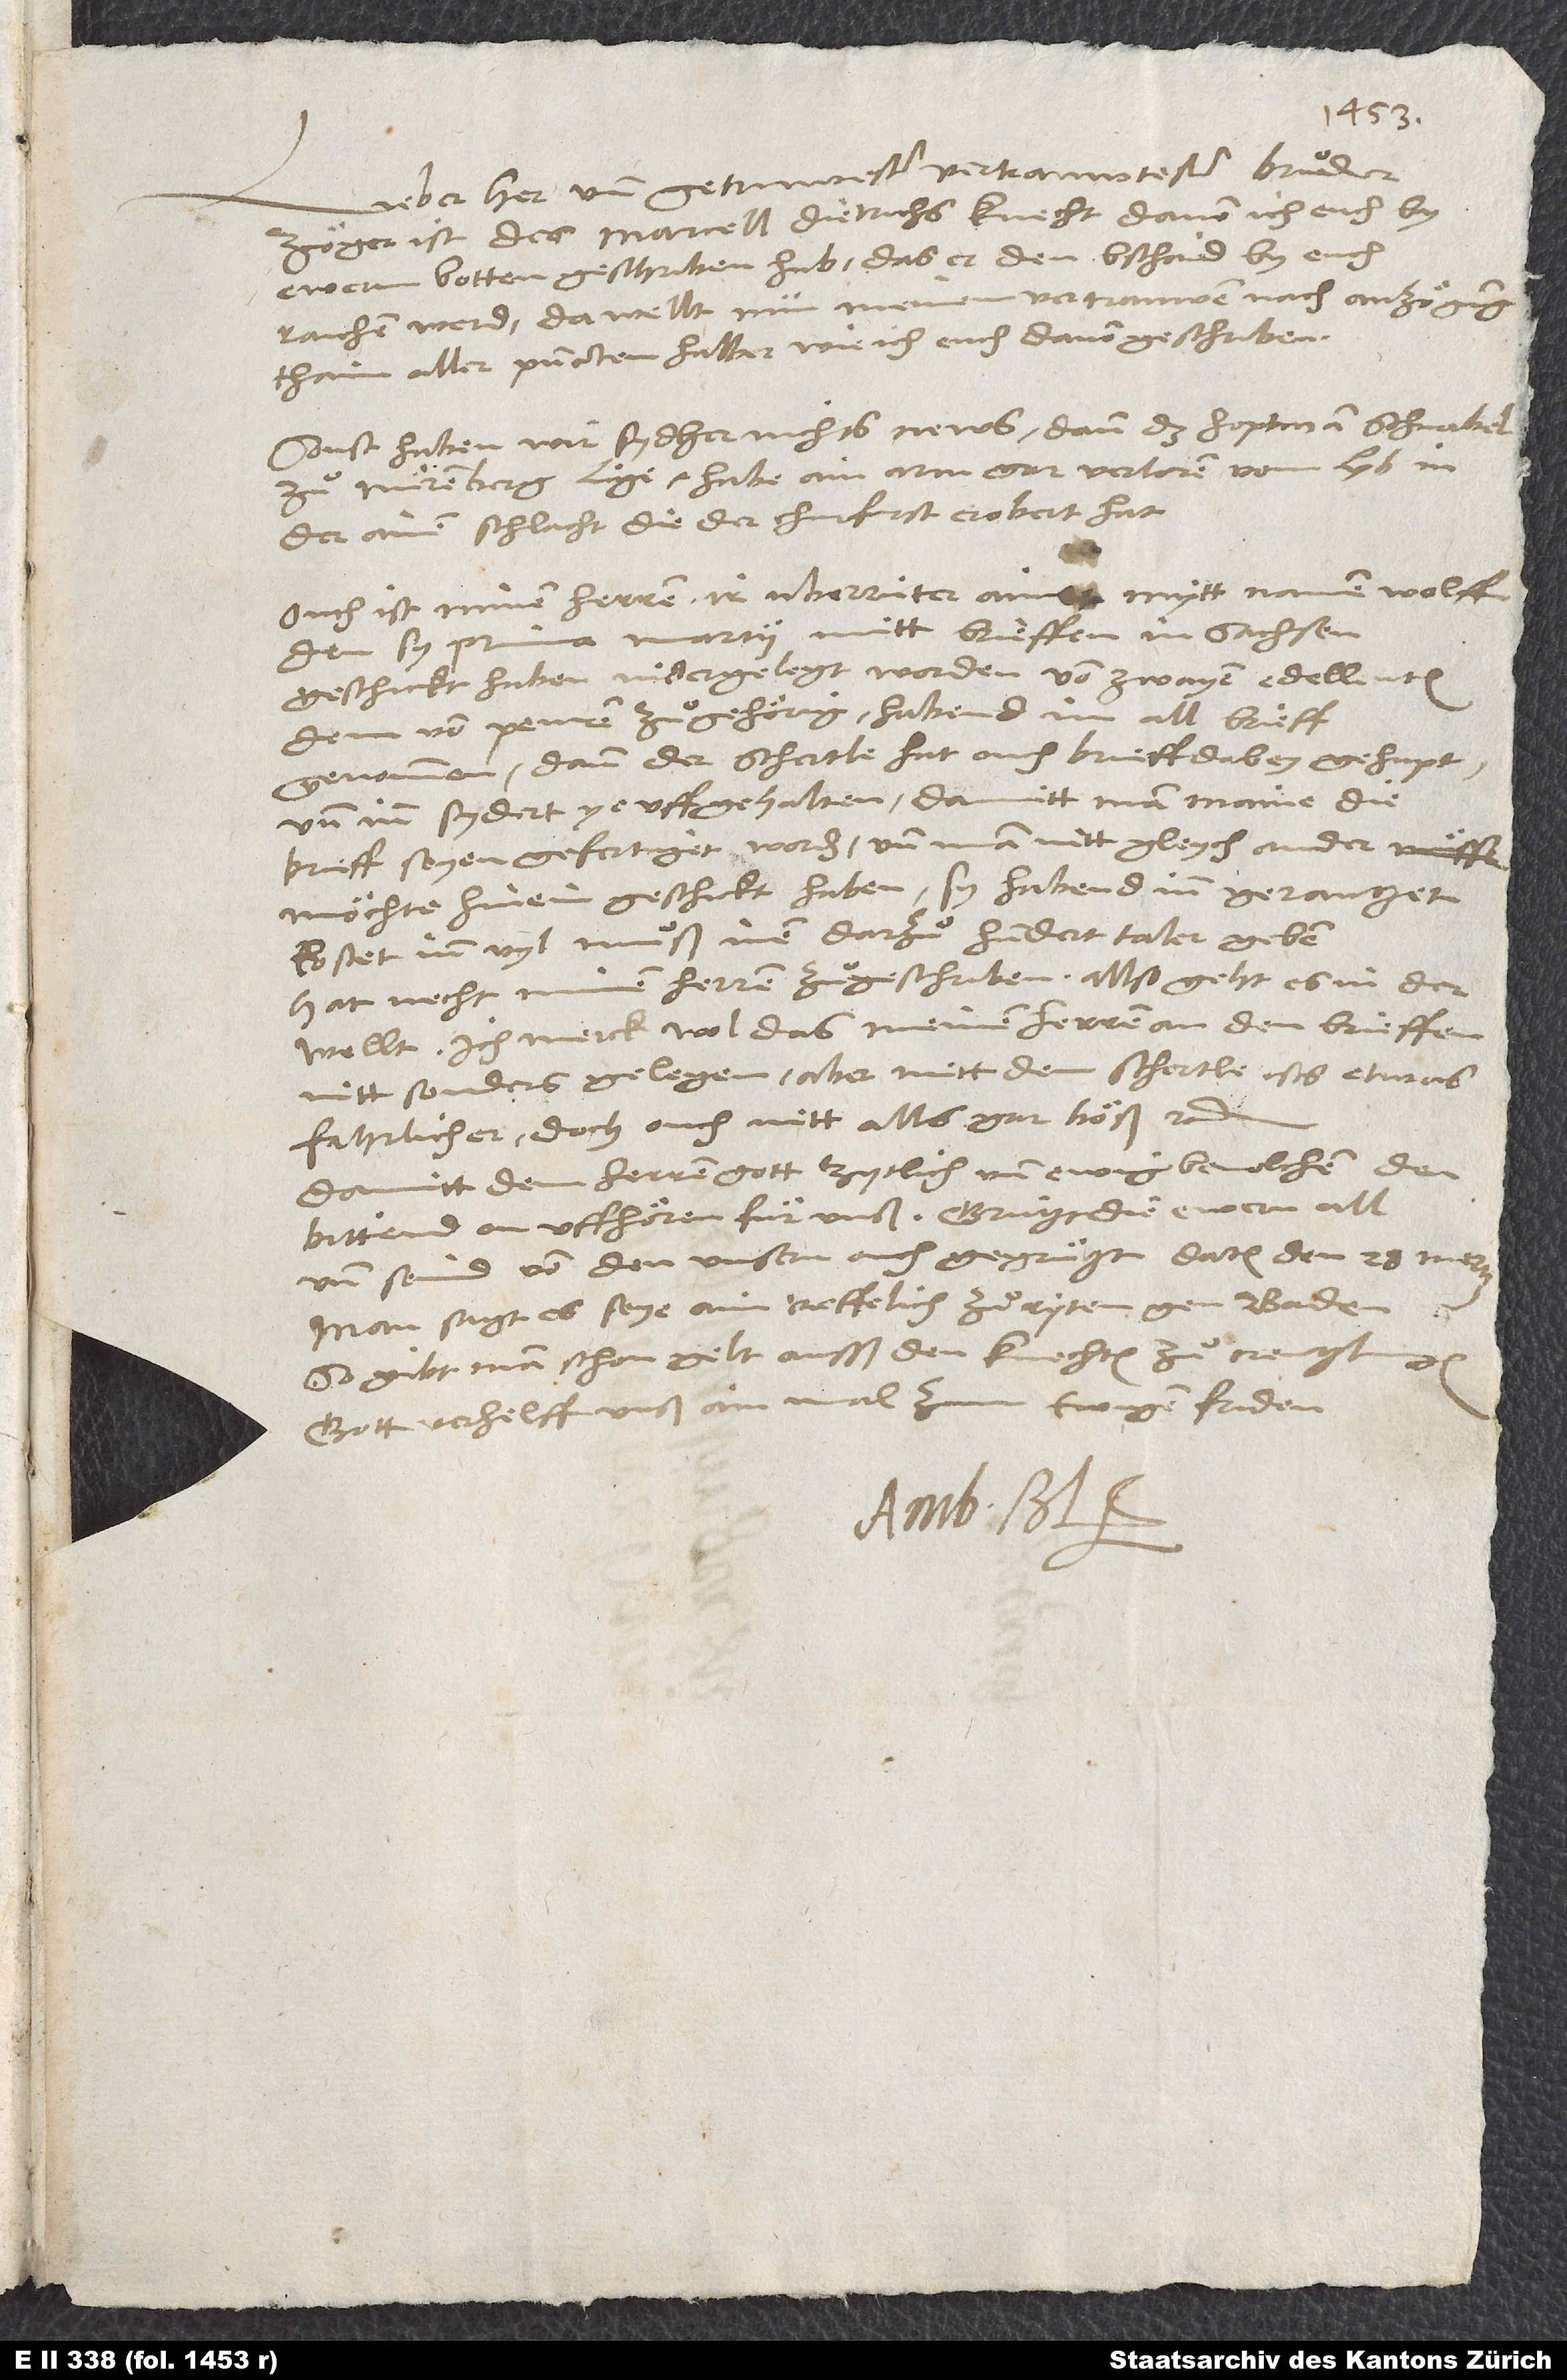
Lieber her und getruwester, vertrauwtester bruͦder.
Zoͤger ist des Marcell Dietrichs knecht, davon ich euch by
ewerm botten geschriben hab, das er den bschaid by euch
vertrauwen nach anzoͤgung
raichen werd. Da wellt nun meinem
thain aller puncten halber, wie ich euch davon geschriben.
Sonst haben wir sydher nichts news, dann das hoptman Schnabel
zuͦ Nuͤremberg lige. Habe ain arm gar verloren vom lyb in
der ainen schlacht, die der churfurst erobert hat.
Ouch ist meinen herren ir uberrüter, ainer mytt namen Wolff,
den sy prima martii mitt brieffen in Sachsen
geschickt haben, nidergelegt worden von zwayen edelleuten,
dem von Peuren zuͦgehoͤrig. Habend im all brieff
genommen (dann der Schertle hat ouch brieff dabey gehapt)
und inn sydert ye uffgehalten, damitt man maine, die
brieff seyen gefertiget worden, und man nitt gleych ander
moͤchte hinein geschickt haben. Sy habend inn gerantzet.
Kostet inn vyl: Muͦß inen darzuͦ hundert taler geben!
Hat necht minen herren zuͦgeschriben. Allso geht es in der
wellt. Ich merck wol, das meinen herren an den brieffen
nitt sonders gelegen. Aber mit dem Schertle ists etwas
fahrlicher, doch ouch nitt alls gar boͤß, etc.
Damitt dem herren gott zytlich und ewig bevolchen. Den
bittend on uffhoͤren fuͤr unß. Gruͤzt die ewern all
und seind von den unsern ouch gegruͤzt. Datum den 28. mertz.
Man sagt, es seye ain treffelich zuͦryten gen Baden.
So gibt man schon gelt ausß den kechten zuͦ Creuzlingen.
Gott verhelff unß ainmal zum ewigen friden.
Amb.